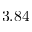
3 . 8 4